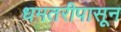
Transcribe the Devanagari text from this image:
धमतरीपासून